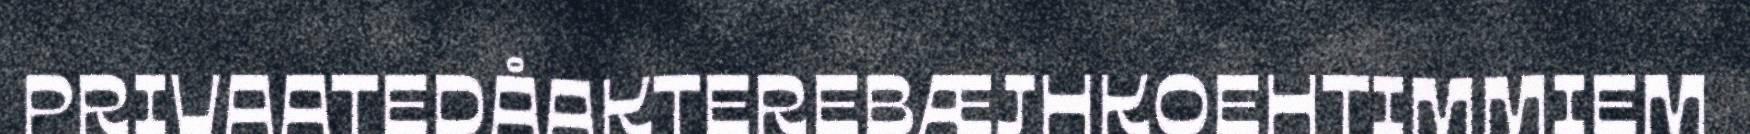
PRIVAATEDÅAKTEREBÆJHKOEHTIMMIEM